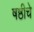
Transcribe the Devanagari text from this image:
षष्ठीचे